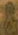
&